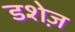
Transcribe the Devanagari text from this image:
डशेज़